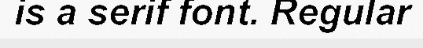
is a serif font. Regular